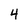
Character: 4